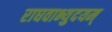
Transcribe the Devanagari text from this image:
राघवाभ्युदयम्